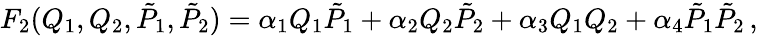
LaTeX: \begin{array}{r}{F_{2}(Q_{1},Q_{2},\tilde{P}_{1},\tilde{P}_{2})=\alpha_{1}Q_{1}\tilde{P}_{1}+\alpha_{2}Q_{2}\tilde{P}_{2}+\alpha_{3}Q_{1}Q_{2}+\alpha_{4}\tilde{P}_{1}\tilde{P}_{2}\, ,}\end{array}